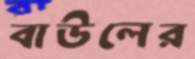
বাউলের